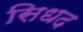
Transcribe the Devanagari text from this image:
सिधद